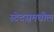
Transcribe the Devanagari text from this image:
स्टेटसमधील